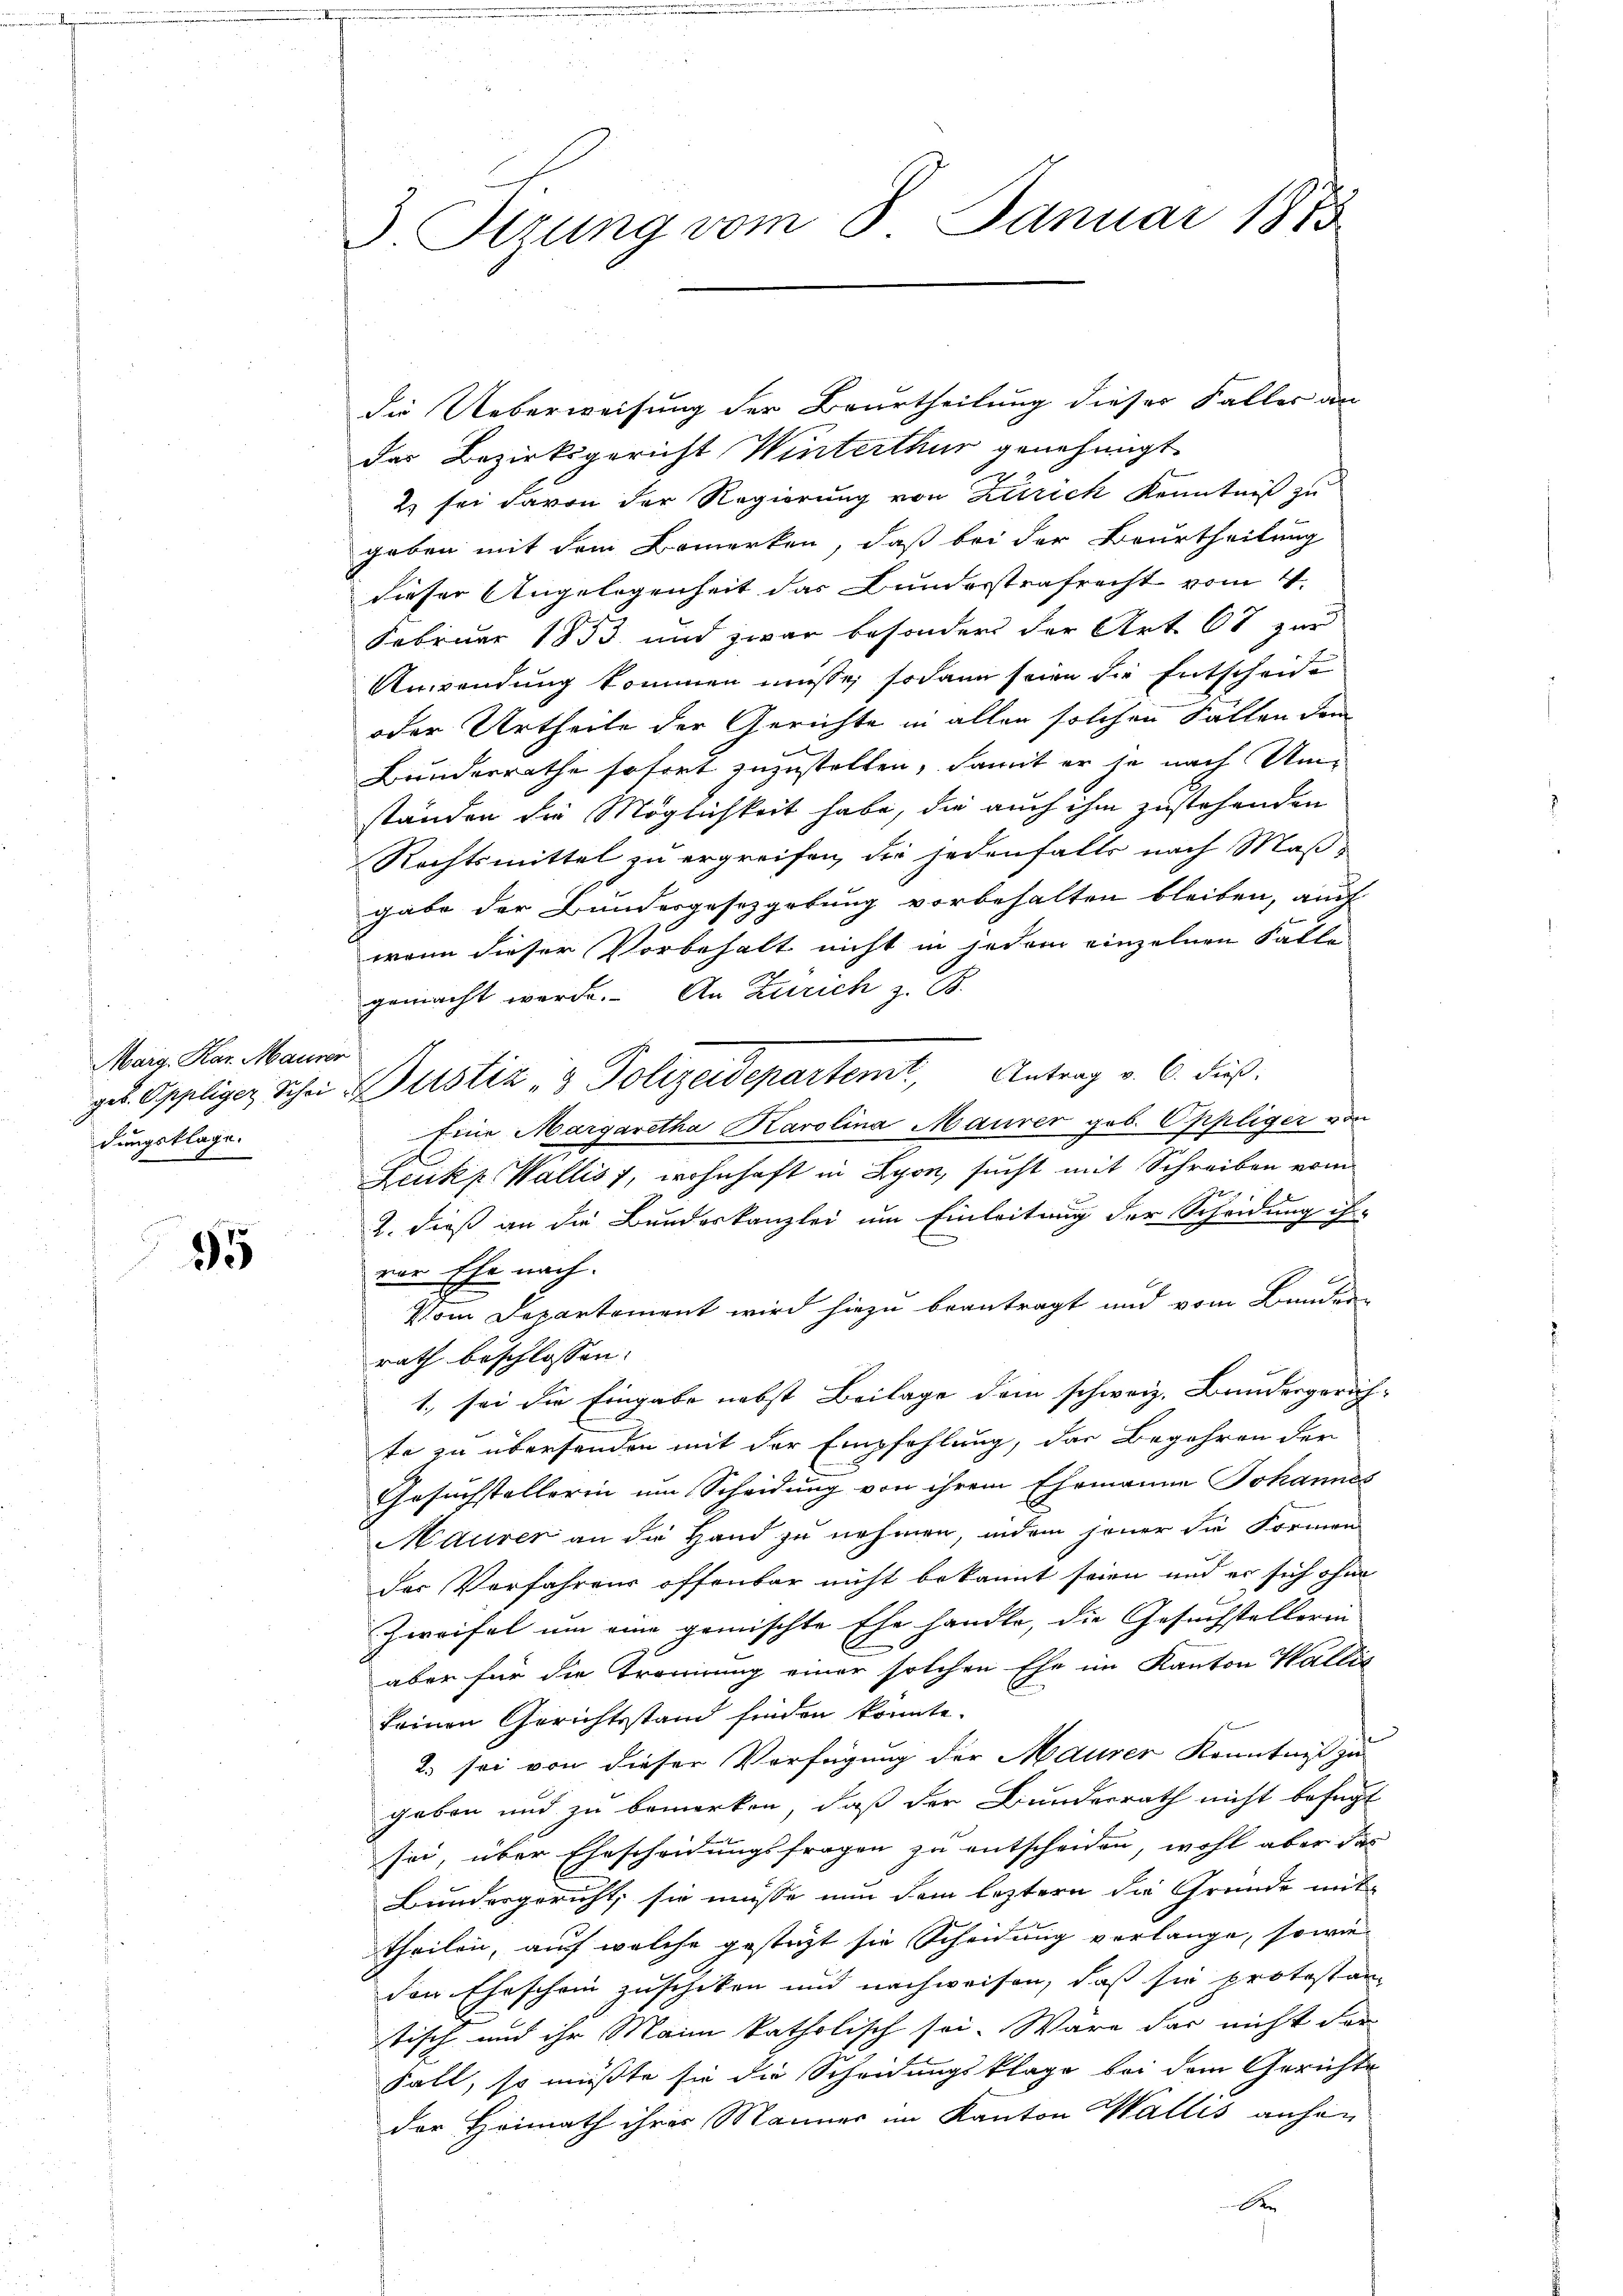
Marg, Kar. Mann
dungsklage.
8

95

3. Sizung vom 8. Januar 1873

e

die Ueberweisung der Beurtheilung dieser Falles an
das Bezirksgericht Winterthur genehmigt.
2) sei davon der Regierung von Zürich Kenntniß zu
geben mit dem Bemerken, daß bei der Beurtheilung
dieser Angelegenheit das Bunderstrafrecht vom 4.
Februar 1853 und zwar besonders der Art. 68 zur
Unwendung kommen müsse; sodann seien die Entscheide
oder Urtheile der Gerichte in allen solchen Fällen dem
Bunderrathe sofort zuzustellen, damit er je nach Umständen die Möglichkeit habe, die auch ihm zustehenden
Rechtsmittel zu ergreifen, die jedenfalls nach Maß-
gabe der Bundesgesetzgebung vorbehalten bleiben, auch
wann dieser Vorbehalt nicht in jedem einzelnen Falt-
gemacht werde. An Zürich z. B.
get. Appliger Schen Zustiz & Polizeidepartemt, Antrag v. 6. dieß.
Eine Margaretha Karolina Maurer geb. Oppliger von
Zeukp. Wallis 1, wohnhaft in Lyon, sucht mit Schreiben vom
2. dieß an die Bundeskanzlei um Einleitung der Scheidung ih-
vor Ehe nach.
Vom Departement wird hiezu beantragt und vom Bander
rath beschlossen:
1., sei die Eingabe nebst Beilage dem schweiz. Bundesgerich-
te zu übersenden mit der Empfehlung, das Begehren der
Gesuchstellerin um Scheidung von ihrem Ehemanne Johannes
Maurer an die Hand zu nehmen, indem jener die Formen
der Verfahrens offenbar nicht bekannt seien und er sich ohne
Zweifel um eine gemischte Ehe handle, die Gesuchstellerin
aber für die Trouirung einer solchen Ehe im Kanton Wallis
keinen Gerichtsstand finden konnte.
2. sei von dieser Verfügung der Maurer Kenntniß zu
geben und zu bemerken, daß der Bundesrath nicht befugt
sei, über Ehescheidungsfragen zu entscheiden, wohl aber das
Bundesgericht, sie müsse nun dem leztern die Gründe mit
theilen, auf welche gesteht sie Scheidung verlange, sowie
den Eheschein zuschiken und nachweisen, daß sie protestan
tisch und ihr Mann katholisch sei. Wäre dar nicht der
Fall, so müßte sie die Scheidungsklage bei dem Gerichts
der Heimath ihres Männer im Kanton Wallis anhei
D